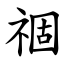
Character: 祻